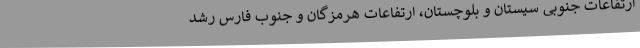
ارتفاعات جنوبی سیستان و بلوچستان، ارتفاعات هرمزگان و جنوب فارس رشد